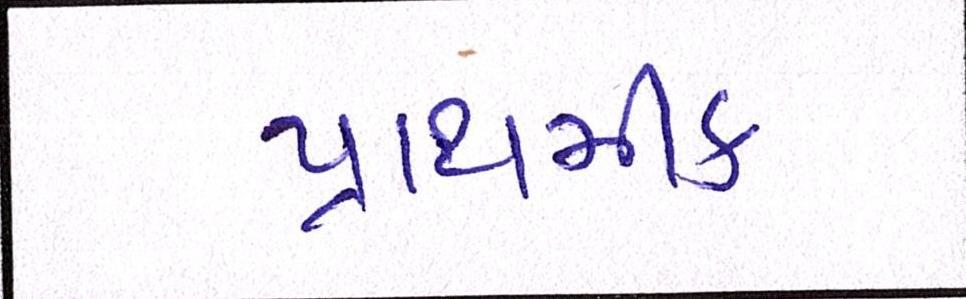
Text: પ્રાથમીક